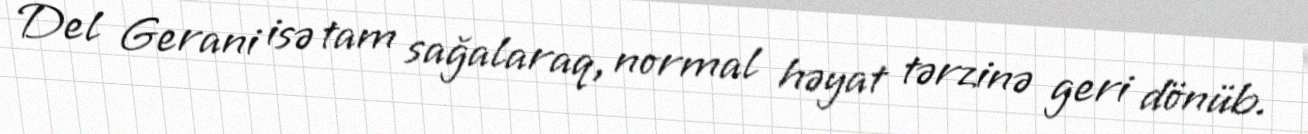
Del Gerani isə tam sağalaraq, normal həyat tərzinə geri dönüb.